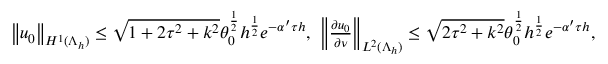
\begin{array} { r } { { \left\| { { u _ { 0 } } } \right\| _ { { H ^ { 1 } } ( \Lambda _ { h } ) } } \le \sqrt { 1 + 2 { \tau ^ { 2 } } + { k ^ { 2 } } } \theta _ { 0 } ^ { { \frac { 1 } { 2 } } } { h ^ { { \frac { 1 } { 2 } } } } { e ^ { - \alpha ^ { \prime } \tau h } } , \ { \left\| { { \frac { \partial { u _ { 0 } } } { \partial \nu } } } \right\| _ { { L ^ { 2 } } ( \Lambda _ { h } ) } } \le \sqrt { 2 { \tau ^ { 2 } } + { k ^ { 2 } } } \theta _ { 0 } ^ { { \frac { 1 } { 2 } } } { h ^ { { \frac { 1 } { 2 } } } } { e ^ { - \alpha ^ { \prime } \tau h } } , } \end{array}